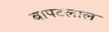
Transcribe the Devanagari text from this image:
बापटलाल